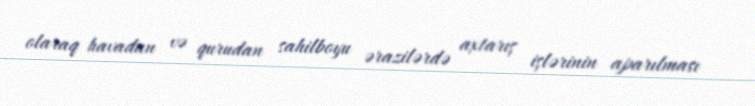
olaraq havadan və qurudan sahilboyu ərazilərdə axtarış işlərinin aparılması